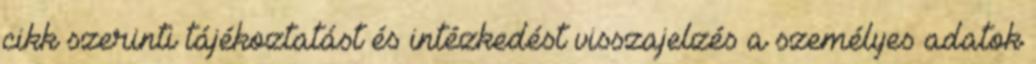
cikk szerinti tájékoztatást és intézkedést visszajelzés a személyes adatok